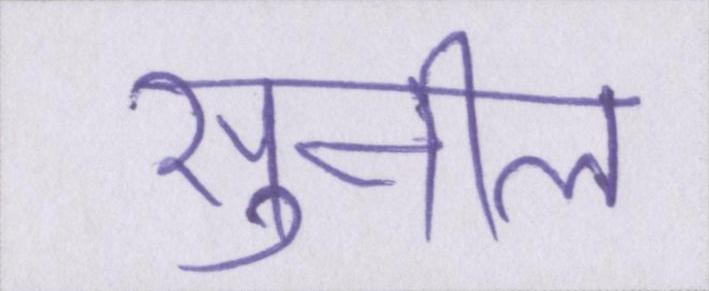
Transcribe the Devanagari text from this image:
सुनील